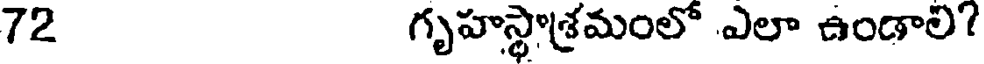
72 గృహస్థాశ్రమంలో ఎలా ఉండాలి!